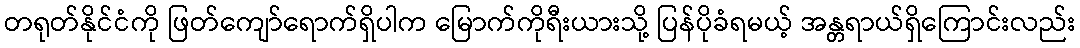
တရုတ်နိုင်ငံကို ဖြတ်ကျော်ရောက်ရှိပါက မြောက်ကိုရီးယားသို့ ပြန်ပိုခံရမယ့် အန္တရာယ်ရှိကြောင်းလည်း